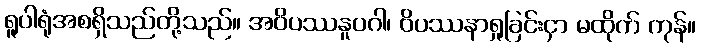
ရူပါရုံအစရှိသည်တို့သည်။ အဝိပဿနူပဂါ၊ ဝိပဿနာရှုခြင်းငှာ မထိုက် ကုန်။